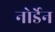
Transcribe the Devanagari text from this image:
नोर्डेन